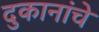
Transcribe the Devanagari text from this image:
दुकानांचे